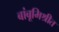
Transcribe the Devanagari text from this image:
बांबूमिश्रीत